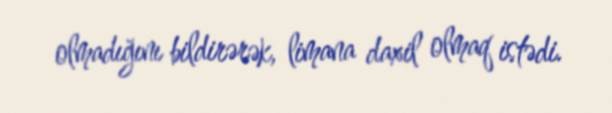
olmadığını bildirərək, limana daxil olmaq istədi.